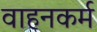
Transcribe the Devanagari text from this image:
वाहनकर्म